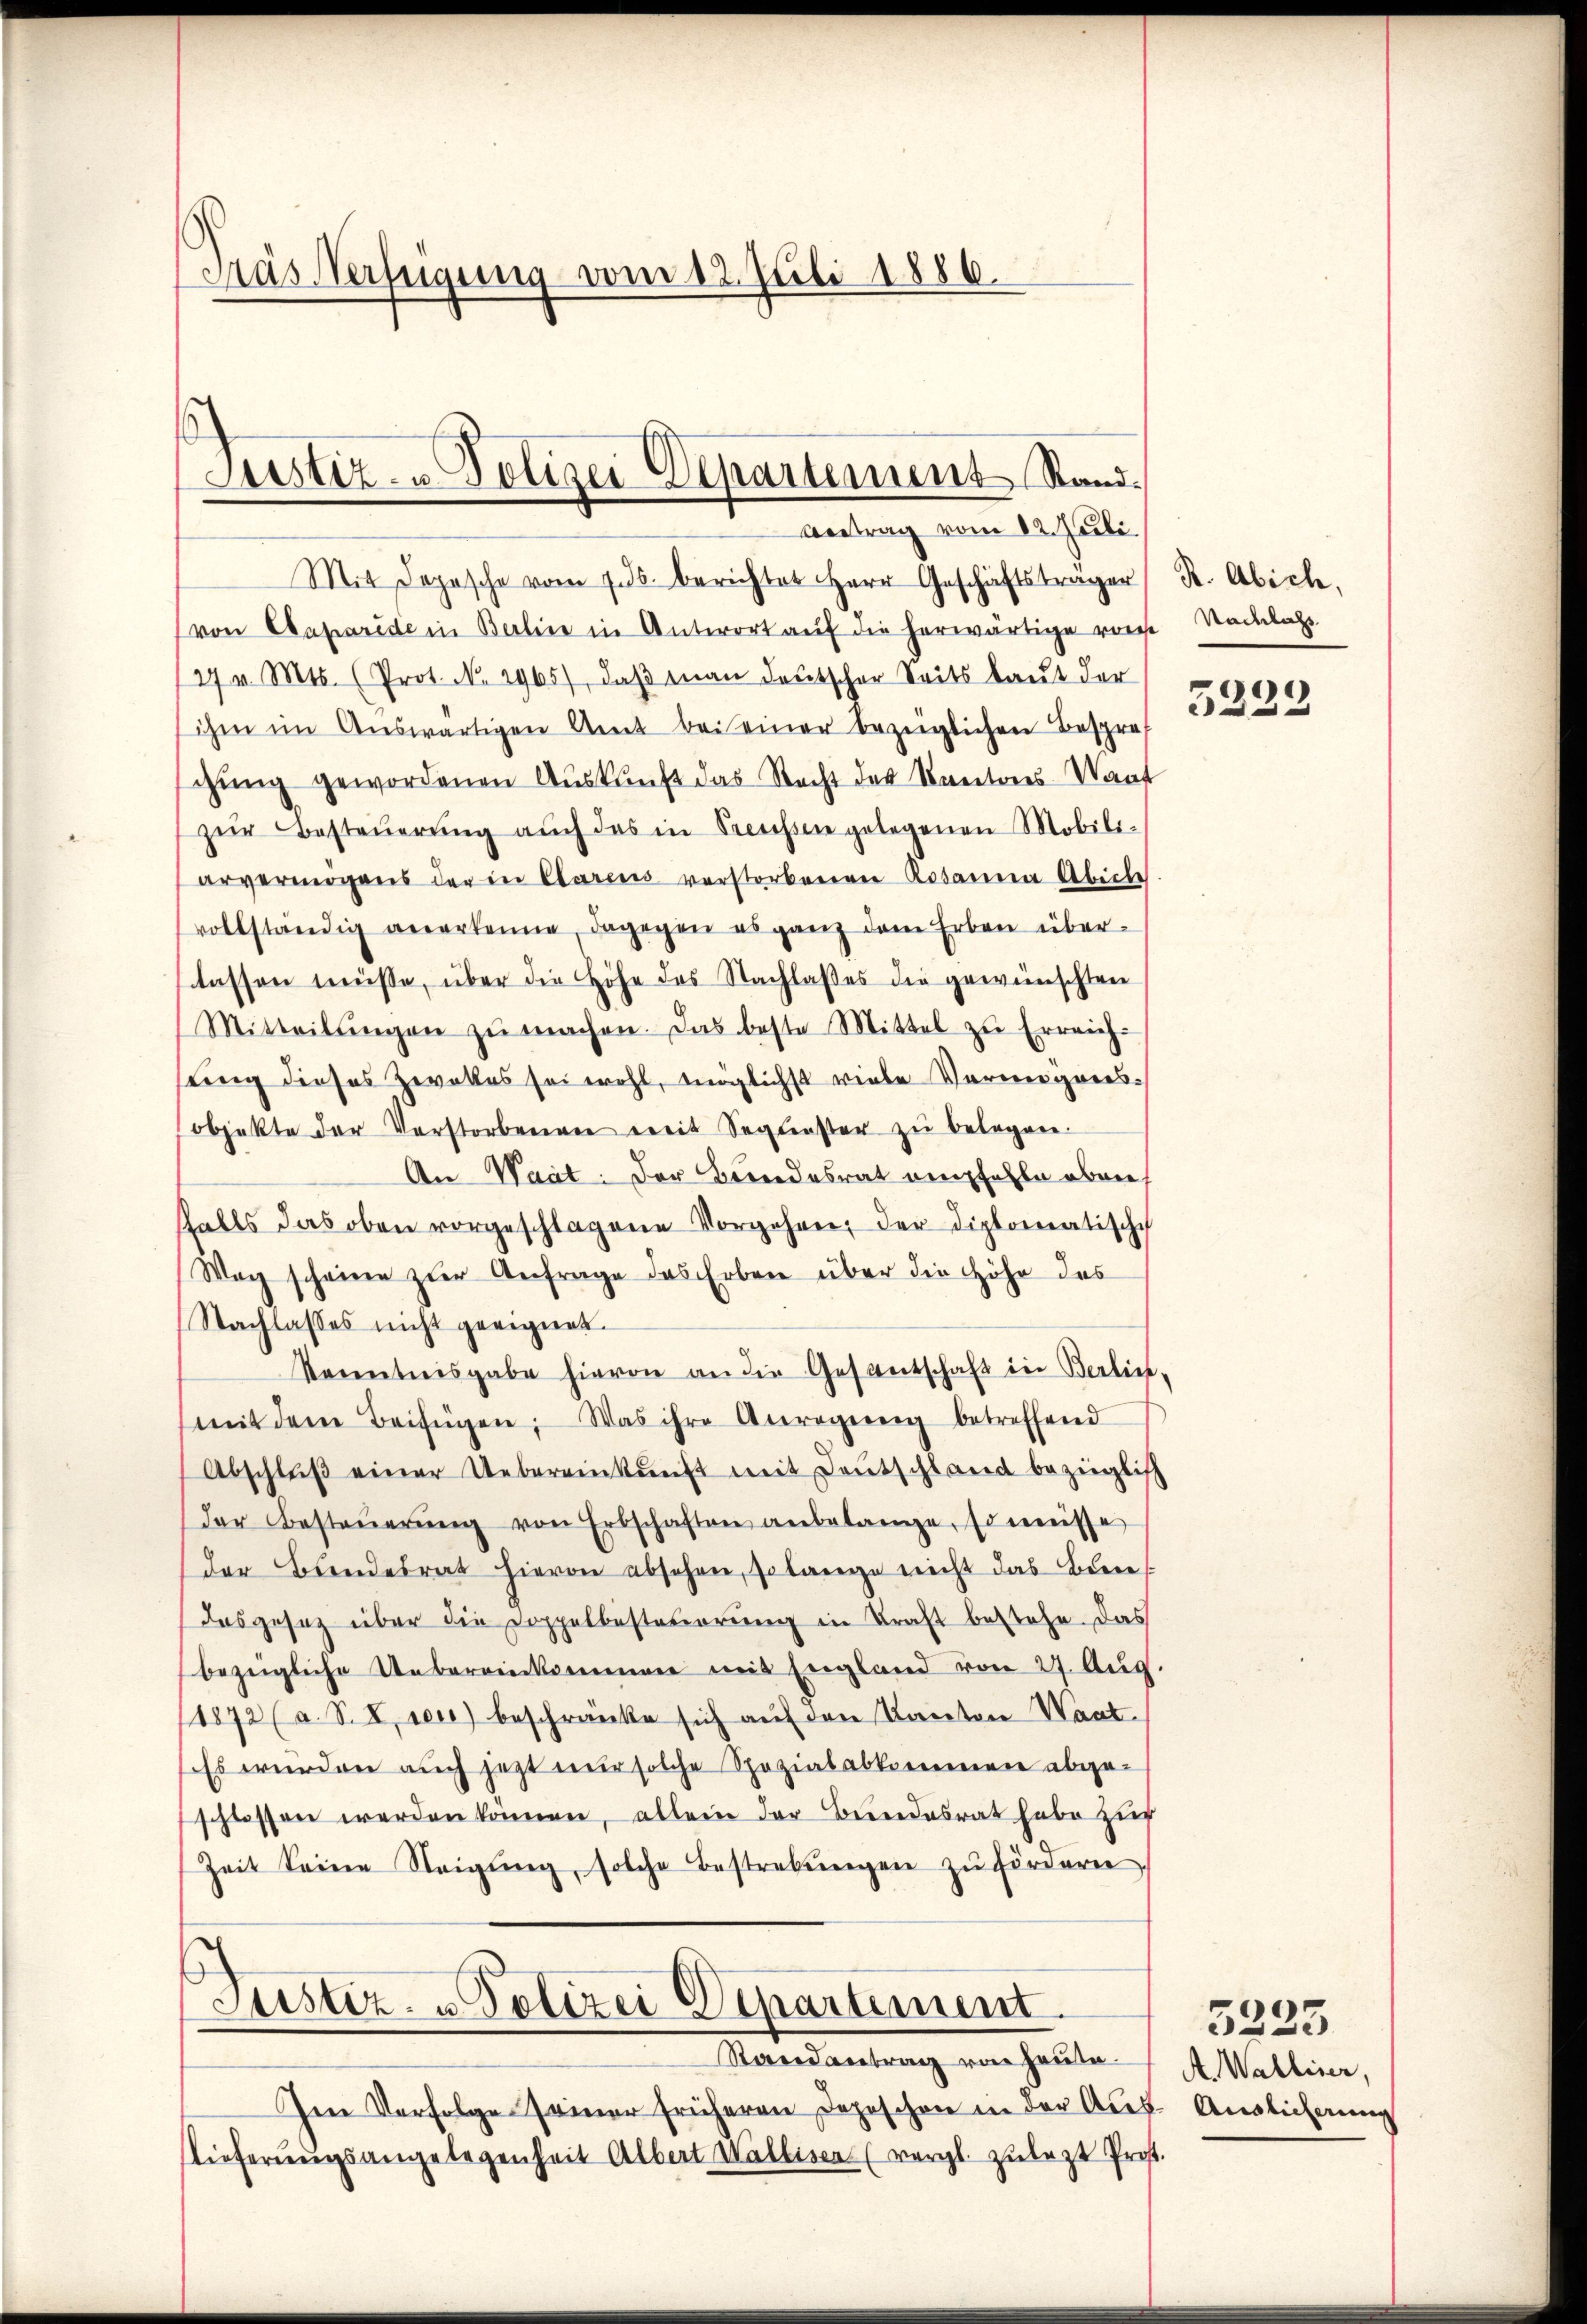
Kras Verfügung vom 12. Juli 1886.

Mit Depesche vom 7.ds. berichtet Herr Geschäftsträger K. Abich,
von Caparide in Berlin in Antwort auf die herwärtige vorst Nadelass
27 v. Mts. (Prot. No. 2965), daβ man deutscher Seits laut der
ihm im Auswärtigen Amt eine bezeichen Bespr
gŭng gewordenen Auskunft das Recht der Kantons-Want
zŭr Besteŭerŭng aŭch das in reichen gelegenen Mobili-
arvermögens der in Clarens verstorbenen Robana Abiche
vollständig anerkenne, dagegen es ganz dem Erben überlassen müsse, über die Höhe des Nachlaßes die gewünschten
Mitteilŭngen zŭ machen. Das beste Mittel zŭ Erreich-
sung dieses Zwekes sei wohl, möglichst viele Vermögensobjekte der Verstorbenen mit Segester zŭ belegen.
An Waat: Der Bundesrat empfehle oben
stalls das oben vorgeschlagene Vorgehen, der diplomatische
Wag scheine zur Anfrage das Erben über die Höhe des
Nachlasses nicht geeignet.
Kenntnisgabe hievon an die Gesantschaft in Berlin-
mit dem Beifügen: Was ihre Anregieng betreffend
Abschlŭβ einer Uebereinkunft mit Deutschland bezüglich
der Besteŭerŭng von Erbschaften anbelange, so müsse
der Bundesrat hievon absehen, so lange nicht das Biene
Das gesez über die Doppelbesteuerung in Kraft bestehe. Das
bezügliche Uebereinkommen mit England von 27. Aug.
11872 (a. S. 8, ren) beschränke sich auf den Kanton Waat.
Es wurden auch jetzt nur solche Spezialabkommen abgeschlossen werden können, allein der Bundesrat habe zur
Zeit keine Neigung, solche Bestrebungen zu förderen,
Justiz- u Polizei Departement.
Randantrag von Heute A. Walliser,
Im Verfolge seiner früheren Depeschen in der Aus- Auslicherung
Lieferungsangelegenheit Albert Walliser (vergl. zulezt Prost.

Justiz- u Polizei Departement Stand.
Vertrag vom 12. Juli.

5223